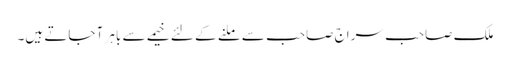
ملک صاحب سراج صاحب سے ملنے کے لئے خیمے سے باہر آ جاتے ہیں۔